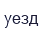
уезд